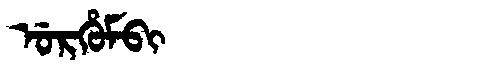
Manchu: ᡠᡵᡥᡠᠮᠪᡳ
Romanization: URHUMBI